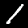
Digit: 1